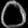
Digit: ၀